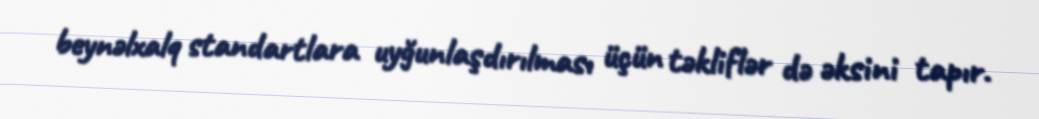
beynəlxalq standartlara uyğunlaşdırılması üçün təkliflər də əksini tapır.